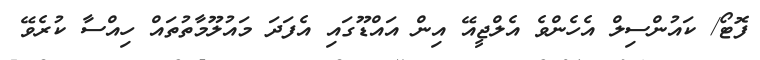
ފޮޓޯ/ ކައުންސިލް އެހެންވެ އެލްޖީއޭ އިން އައްޑޫގައި އެފަދަ މައުލޫމާތުތައް ހިއްސާ ކުރެވޭ